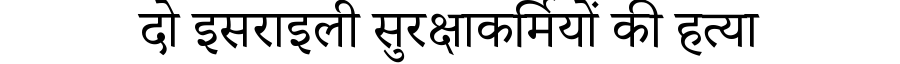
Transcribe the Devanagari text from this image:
दो इसराइली सुरक्षाकर्मियों की हत्या